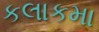
કલાકમા